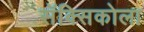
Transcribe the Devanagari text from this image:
सॅक्सिकोला